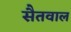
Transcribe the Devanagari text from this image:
सैतवाल